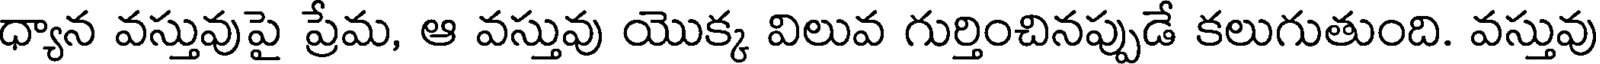
ధ్యాన వస్తువుపై ప్రేమ, ఆ వస్తువు యొక్క విలువ గుర్తించినప్పుడే కలుగుతుంది. వస్తువు